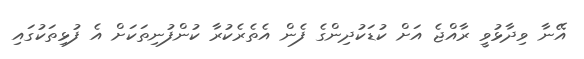
އޭނާ ވިދާޅުވީ ރާއްޖެ އަށް ކުޑަކުދިންގެ ފެން އެތެރެކުރާ ކުންފުނިތަކަށް އެ ފުޅިތަކުގައި